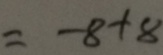
= - 8 + 8